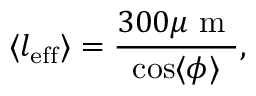
\langle l _ { \mathrm { e f f } } \rangle = \frac { 3 0 0 \mu \textrm { m } } { \cos \langle \phi \rangle } ,